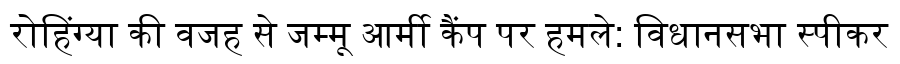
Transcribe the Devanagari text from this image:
रोहिंग्या की वजह से जम्मू आर्मी कैंप पर हमले: विधानसभा स्पीकर